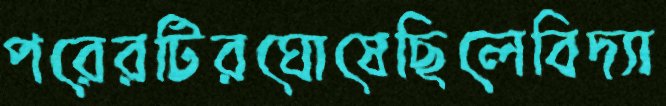
পরেরটিরঘোষেছিলেবিদ্যা